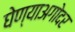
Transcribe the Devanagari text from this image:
घेण्याअगोदर